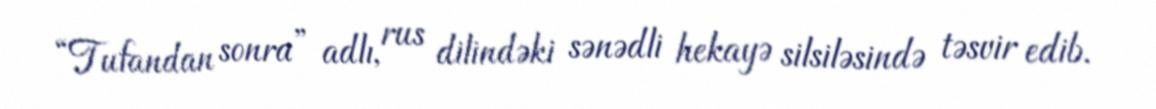
“Tufandan sonra” adlı, rus dilindəki sənədli hekayə silsiləsində təsvir edib.